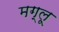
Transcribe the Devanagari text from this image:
मग्लू